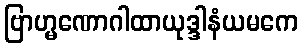
ဗြာဟ္မဏောဂါထာယုဒ္ဒါနံယမကေ